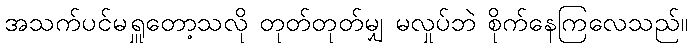
အသက်ပင်မရှူတော့သလို တုတ်တုတ်မျှ မလှုပ်ဘဲ စိုက်နေကြလေသည်။